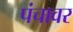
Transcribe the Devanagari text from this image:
पंचावर